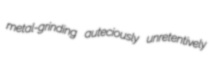
metal-grinding auteciously unretentively